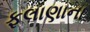
ફલાણાના